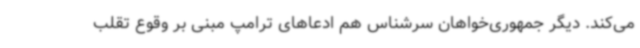
می‌کند. دیگر جمهوری‌خواهان سرشناس هم ادعاهای ترامپ مبنی بر وقوع تقلب